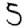
Digit: 5